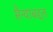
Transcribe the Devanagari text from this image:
सैन्याबद्दल